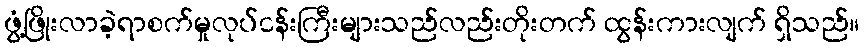
ဖွံ့ဖြိုးလာခဲ့ရာစက်မှုလုပ်ငန်းကြီးများသည်လည်းတိုးတက် ထွန်းကားလျက် ရှိသည်။